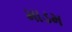
માડમ